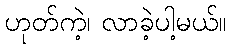
ဟုတ်ကဲ့၊ လာခဲ့ပါ့မယ်။